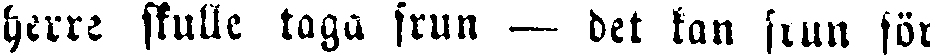
herre skulle taga frun – det kan frun för